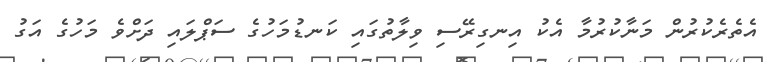
އެތެރެކުރުން މަނާކުރުމާ އެކު އިނގިރޭސި ވިލާތުގައި ކަނޑުމަހުގެ ސަޕްލައި ދަށްވެ މަހުގެ އަގު